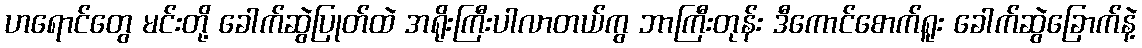
ဟရောင်တွေ မင်းတို့ ခေါက်ဆွဲပြုတ်ထဲ အရိုးကြီးပါလာတယ်ကွ ဘာကြီးတုန်း ဒီကောင်စောက်ရူး ခေါက်ဆွဲခြောက်နဲ့